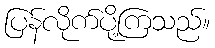
ပြန်လိုက်ပို့ကြသည်။